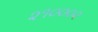
૨૧૦૦૦૨